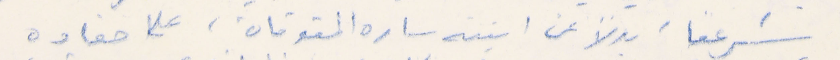
شرعيًا بدلاً عن ابنته ساره المتوفاة على احفاده